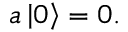
a \left| 0 \right\rangle = 0 .